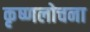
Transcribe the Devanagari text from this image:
कृष्णलोचना